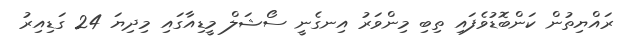
ރައްޔިތުން ކަންބޮޑުވެފައި ތިބި މިންވަރު އިނގެނީ ސޯޝަލް މީޑިއާގައި މިދިޔަ 24 ގަޑިއިރު